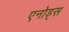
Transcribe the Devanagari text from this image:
एनोड्स